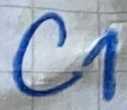
Text: C1